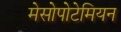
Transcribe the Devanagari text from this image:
मेसोपोटेमियन